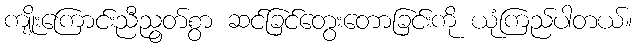
ကျိုးကြောင်းညီညွတ်စွာ ဆင်ခြင်တွေးတောခြင်းကို ယုံကြည်ပါတယ်။